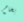
بخاخ